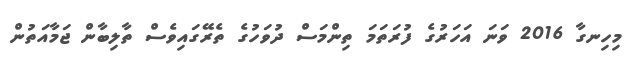
މިހިނގާ 2016 ވަނަ އަހަރުގެ ފުރަތަމަ ތިންމަސް ދުވަހުގެ ތެރޭގައިވެސް ތާލިބާން ޖަމާއަތުން